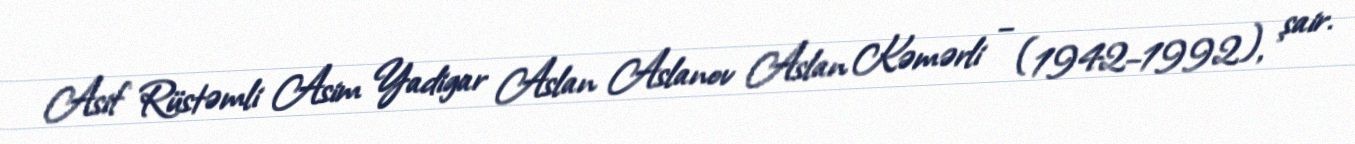
Asif Rüstəmli Asim Yadigar Aslan Aslanov Aslan Kəmərli – (1942–1992), şair.